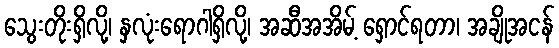
သွေးတိုးရှိလို့၊ နှလုံးရောဂါရှိလို့၊ အဆီအအိမ့် ရှောင်ရတာ၊ အချိုအငန်